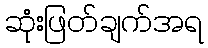
ဆုံးဖြတ်ချက်အရ